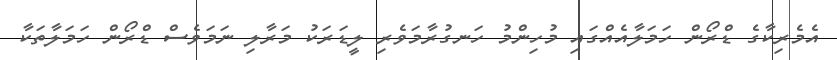
އެމެރިކާގެ ޑްރޯން ހަމަލާއެއްގައި މުހިންމު ހަނގުރާމަވެރި ލީޑަރަކު މަރާލި ނަމަވެސް ޑްރޯން ހަމަލާތަކާ